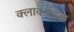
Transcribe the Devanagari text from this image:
क्लार्क्सडेल